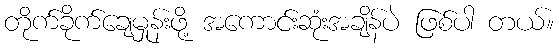
တိုက်ခိုက်ချေမှုန်းဖို့ အကောင်းဆုံးအချိန်ပဲ ဖြစ်ပါ တယ်။